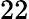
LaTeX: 22